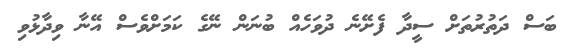
ބަސް ދަތުރުތަށް ސީދާ ފެށޭނެ ދުވަހެއް ބުނަން ނޭގެ ކަމަށްވެސް އޭނާ ވިދާޅުވި